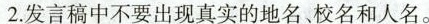
2.发言稿中不要出现真实的地名、校名和人名。